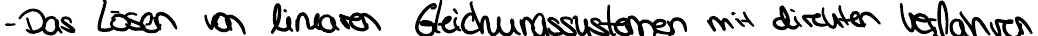
- Das Lösen von linearen Gleichungssystemen mit direkten Verfahren